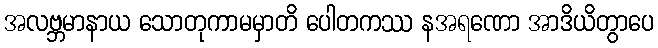
အလဗ္ဘမာနာယ သောတုကာမမှာတိ ပေါတကဿ နအရဏော အာဒိယိတွာပေ